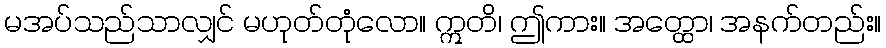
မအပ်သည်သာလျှင် မဟုတ်တုံလော။ ဣတိ၊ ဤကား။ အတ္ထော၊ အနက်တည်း။